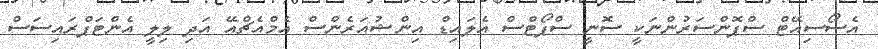
އެސޯސިއޭޓް ސްޕޮންސަރުންނަކީ ސޮނީ ސްޕޯޓްސް އެލައިޑް އިންޝުއަރެންސް އެމްއެޗްއޭ އަދި ލިލީ އެންޓަޕްރައިސަސް